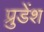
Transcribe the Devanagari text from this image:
प्रुडेंश